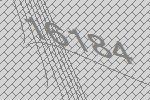
16184